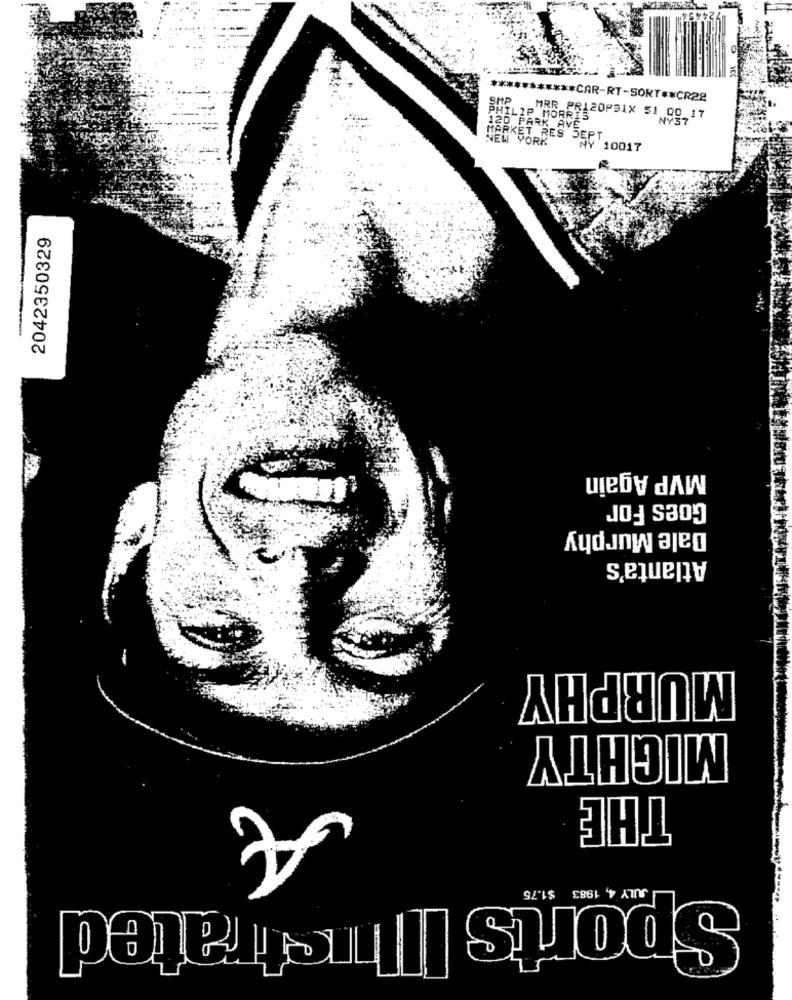
SMP
*********** CAR-RT-SORT ** CR28
LEAN
PHILIP MORRIS
MRR_PR120P91X 51 00 17
120 PARK AVE
NEL PORK
MARKET RES SEPT
NY 10017
2042350329
MVP Again
Goes For
Dale Murphy
Atlanta's
MURPHY
MIGHTY
THE
JULY 4, 1983 $1.75
Sports
I Thre frated